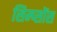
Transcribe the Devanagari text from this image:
सिम्प्सोंस